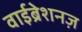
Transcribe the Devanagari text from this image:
वाईब्रेशनज़